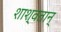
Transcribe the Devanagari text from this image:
शाश्वतान्